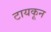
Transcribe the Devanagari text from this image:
टायकून